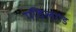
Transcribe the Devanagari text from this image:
गविलगड